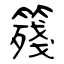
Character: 䉔